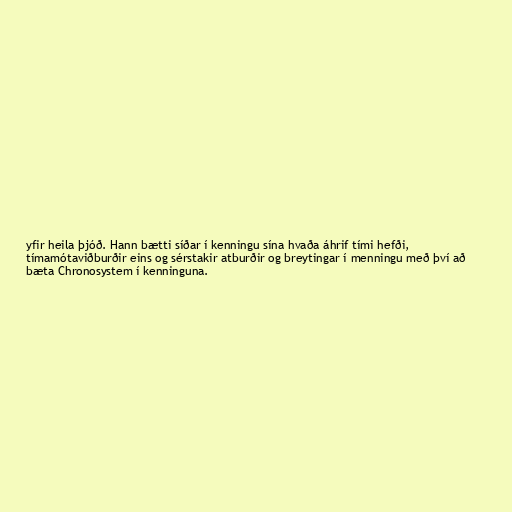
yfir heila þjóð. Hann bætti síðar í kenningu sína hvaða áhrif tími hefði,
tímamótaviðburðir eins og sérstakir atburðir og breytingar í menningu með því að
bæta Chronosystem í kenninguna.